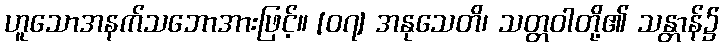
ဟူသောအနက်သဘောအားဖြင့်။ [၀၇] အနုသေတိ၊ သတ္တဝါတို့၏ သန္တာန်၌